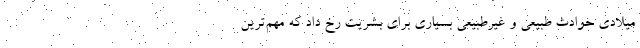
میلادی حوادث طبیعی و غیرطبیعی بسیاری برای بشریت رخ داد که مهم‌ترین